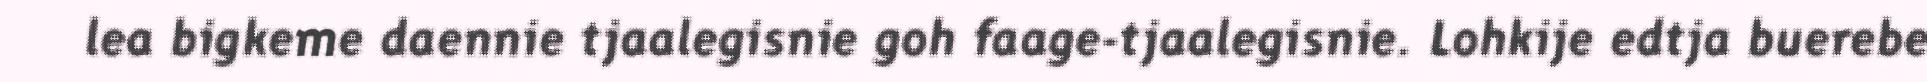
lea bigkeme daennie tjaalegisnie goh faage-tjaalegisnie. Lohkije edtja buerebe